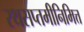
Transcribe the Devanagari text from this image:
रथसप्तमीनिमित्त